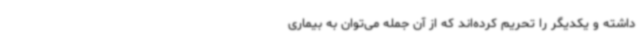
داشته‌ و یکدیگر را تحریم کرده‌اند که از آن جمله می‌توان به بیماری